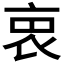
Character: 𧘼